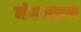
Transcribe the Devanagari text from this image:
मंडलतल